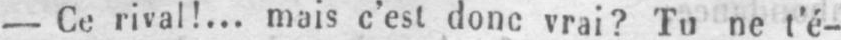
- Ce rival!... mais c’est donc vrai? Tu ne t’é-